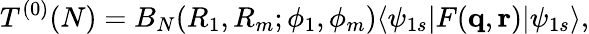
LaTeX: T^{(0)}(N)=B_{N}(R_{1},R_{m};\phi_{1},\phi_{m})\langle\psi_{1s}|F(\mathbf{q},\mathbf{r})|\psi_{1s}\rangle,